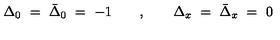
\Delta _ { 0 } \ = \ \bar { \Delta } _ { 0 } \ = \ - 1 \qquad , \qquad \Delta _ { x } \ = \ \bar { \Delta } _ { x } \ = \ 0